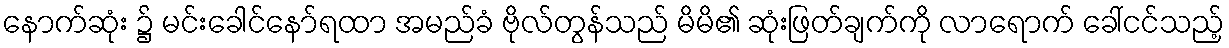
နောက်ဆုံး ၌ မင်းခေါင်နော်ရထာ အမည်ခံ ဗိုလ်တွန်သည် မိမိ၏ ဆုံးဖြတ်ချက်ကို လာရောက် ခေါ်ငင်သည့်